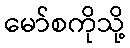
မော်စကိုသို့